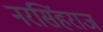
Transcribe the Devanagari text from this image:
नरसिंहराज